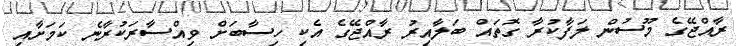
ރާއްޖޭގެ މޫސުން ލަފާކުރާ ގޮތައް ބަލާއިރު ރާއްޖޭގެ އެކި ހިސާބަށް ވިއްސާރަކުރާނެ ކަމަށާއި